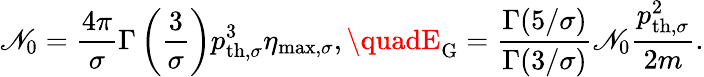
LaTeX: \mathscr{N}_{0}=\frac{{4\pi}}{{\sigma}}\Gamma\left(\frac{{3}}{{\sigma}}\right)p_{\mathrm{{th,}}\sigma}^{3}\eta_{\mathrm{{max,}}\sigma},\quadE_{\mathrm{{G}}}=\frac{{\Gamma(5/\sigma)}}{{\Gamma(3/\sigma)}}\mathscr{N}_{0}\frac{{p_{\mathrm{{th,}}\sigma}^{2}}}{{2m}}.